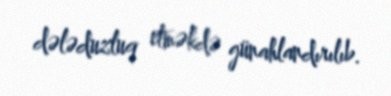
dələduzluq etməkdə günahlandırılıb.